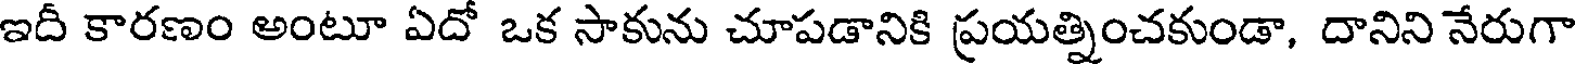
ఇదీ కారణం అంటూ ఏదో ఒక సాకును చూపడానికి ప్రయత్నించకుండా, దానిని నేరుగా